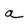
Character: a